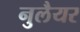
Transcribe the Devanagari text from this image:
नुलैयर